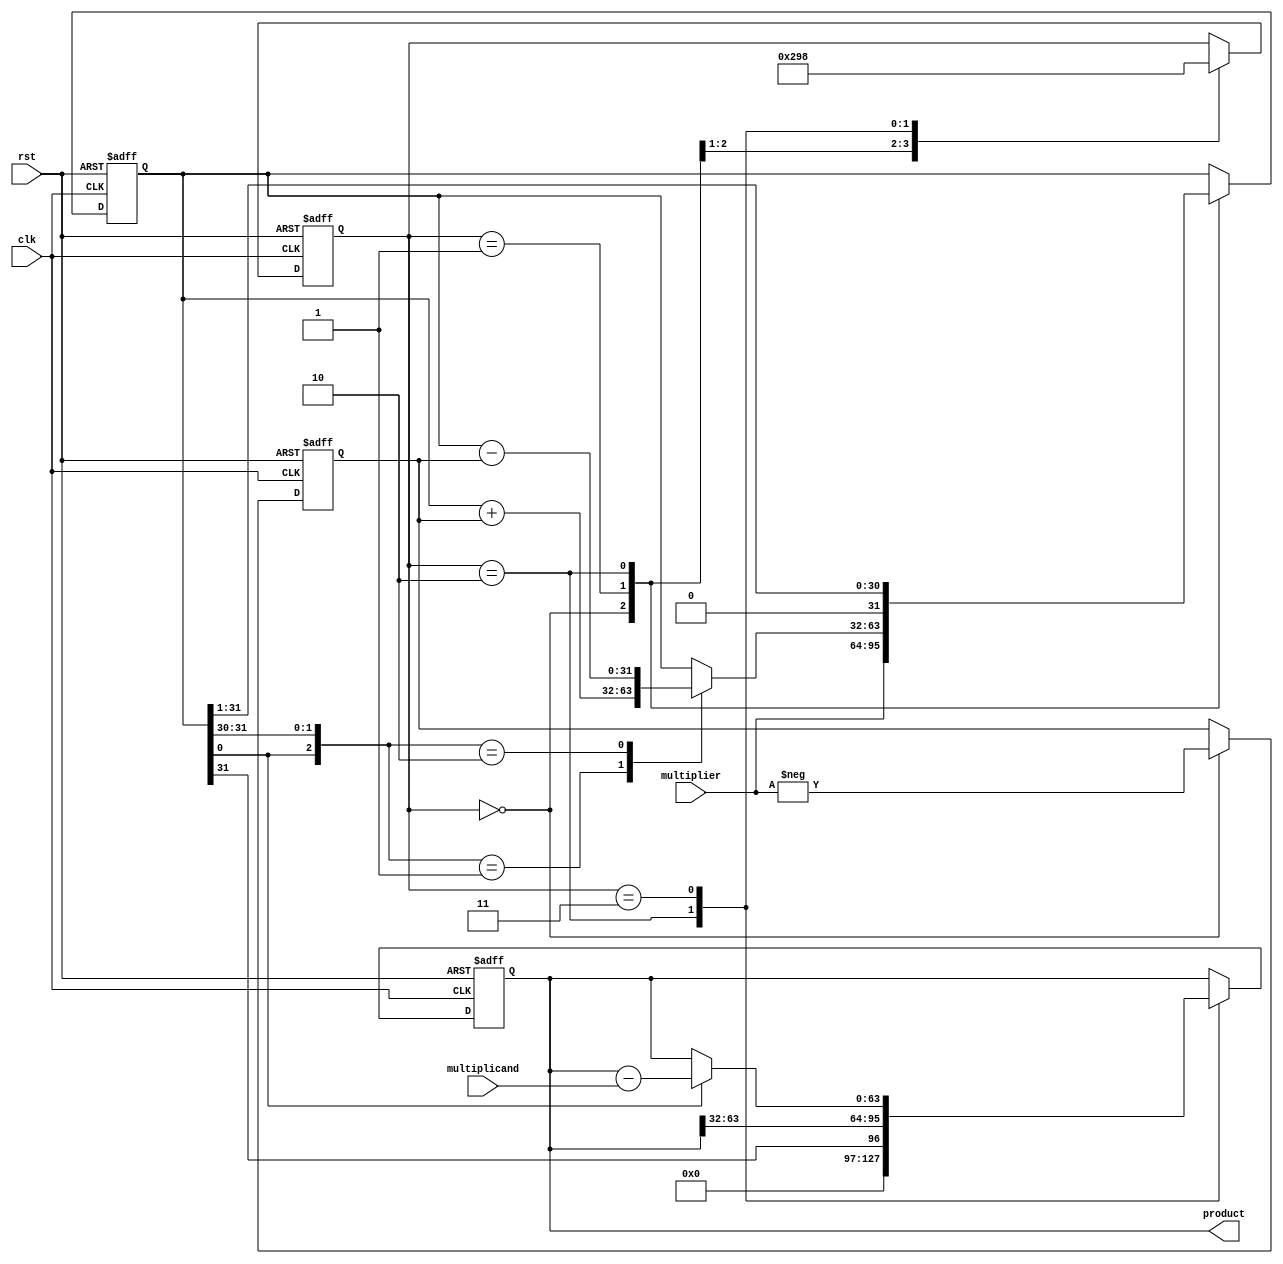
module booth_multiplier(
  input wire clk,
  input wire rst,
  input wire [31:0] multiplicand,
  input wire [31:0] multiplier,
  output reg [63:0] product
);

reg [31:0] A_reg;
reg [31:0] S_reg;
reg [2:0] state;

always @(posedge clk or posedge rst) begin
  if (rst) begin
    A_reg <= 32'b0;
    S_reg <= 32'b0;
    state <= 3'b000;
    product <= 64'b0;
  end 
  else begin
    case (state)
      3'b000: begin // Partial product generation
        A_reg <= {32'd0, multiplier};
        S_reg <= {32'd0, -multiplier}; // 2's complement of multiplier
        state <= 3'b001;
      end
      3'b001: begin // Booth encoding
        case ({A_reg[0], A_reg[31:30]})
          3'b01: A_reg <= A_reg + S_reg;
          3'b10: A_reg <= A_reg - S_reg;
        endcase
        state <= 3'b010;
      end
      3'b010: begin // Partial product addition
        A_reg <= A_reg >> 1;
        product <= {A_reg[31], product[63:32]};
        state <= 3'b011;
      end
      3'b011: begin // Final result calculation
        if (A_reg[0] == 1) begin
          product <= product - multiplicand;
        end
        state <= 3'b000;
      end
    endcase
  end
end

endmodule